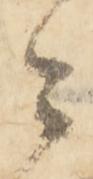
々